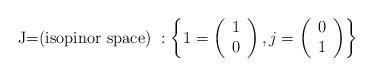
LaTeX: \begin{align*}\mbox{J=(isopinor space) }: \left\{ 1= \left( \begin{array}{l} 1\\ 0 \end{array} \right), j= \left( \begin{array}{l} 0\\ 1 \end{array} \right) \right\}\end{align*}